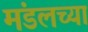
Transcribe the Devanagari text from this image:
मंडलच्या